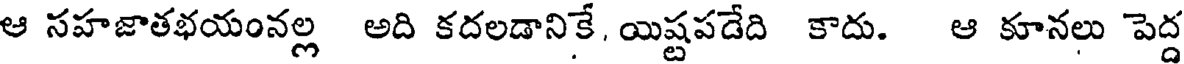
ఆ సహజాతభయంనల్ల అది కదలడానికే, యిష్టపడేది కాదు. ఆ కూనలు పెద్ద